Source: Handwritten
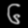
Digit: ၆ (6)